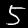
Label: 5